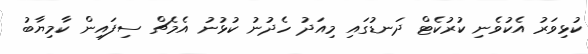
ކުޅިވަރު އެކުވެނި ކުރުކެޓް ދަނޑުގައި މިއަދު ހެދުނު ކުޅުނު އެމެޗް ސިފައިން ކާމިޔާބު